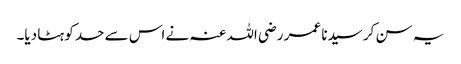
یہ سن کر سیدنا عمر ‌رضی ‌اللہ ‌عنہ نے اس سے حد کو ہٹا دیا۔